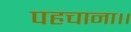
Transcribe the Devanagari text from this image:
पहचाना।।